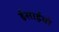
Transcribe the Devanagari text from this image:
ईसाईयो